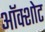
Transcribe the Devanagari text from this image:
ऑक्शोट